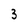
Character: 3